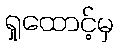
ရှုထောင့်မှ